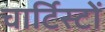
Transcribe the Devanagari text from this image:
चार्टिस्टों